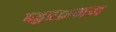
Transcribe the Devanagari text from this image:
बहुप्रक्रमण